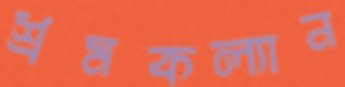
শ্রমকল্যান